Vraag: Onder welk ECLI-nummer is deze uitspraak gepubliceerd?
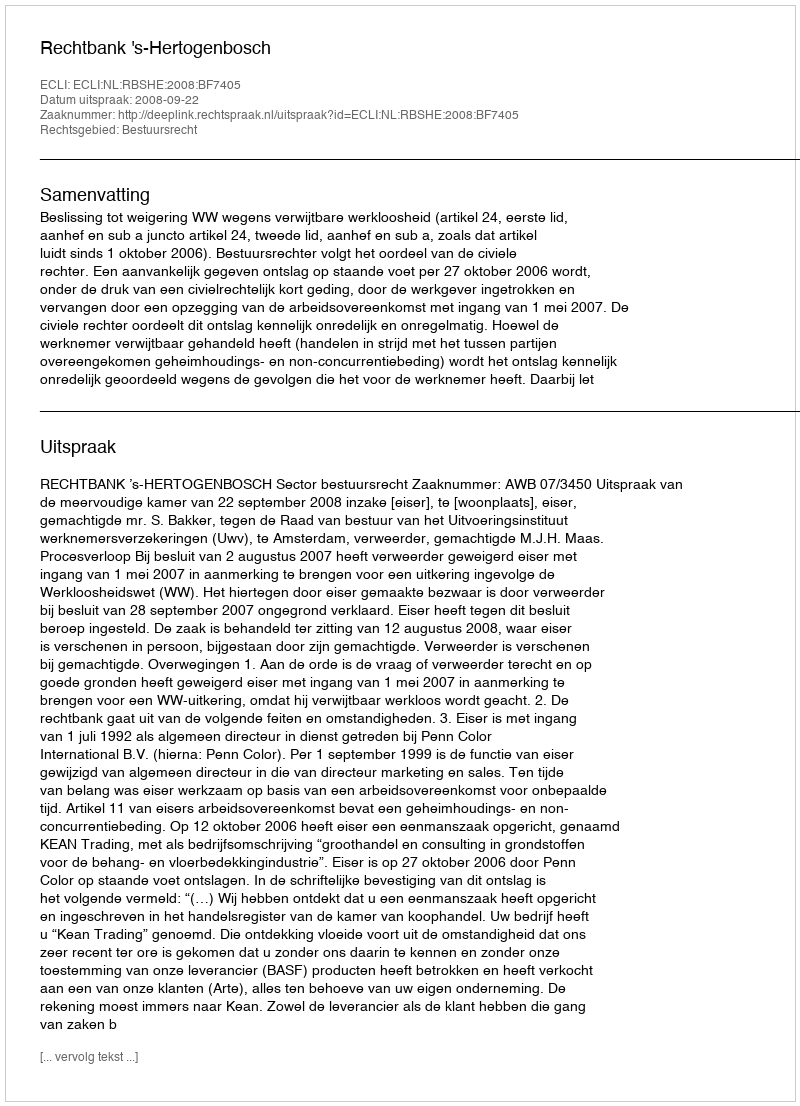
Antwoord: ECLI:NL:RBSHE:2008:BF7405